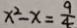
x ^ { 2 } - x = \frac { 9 } { 4 }